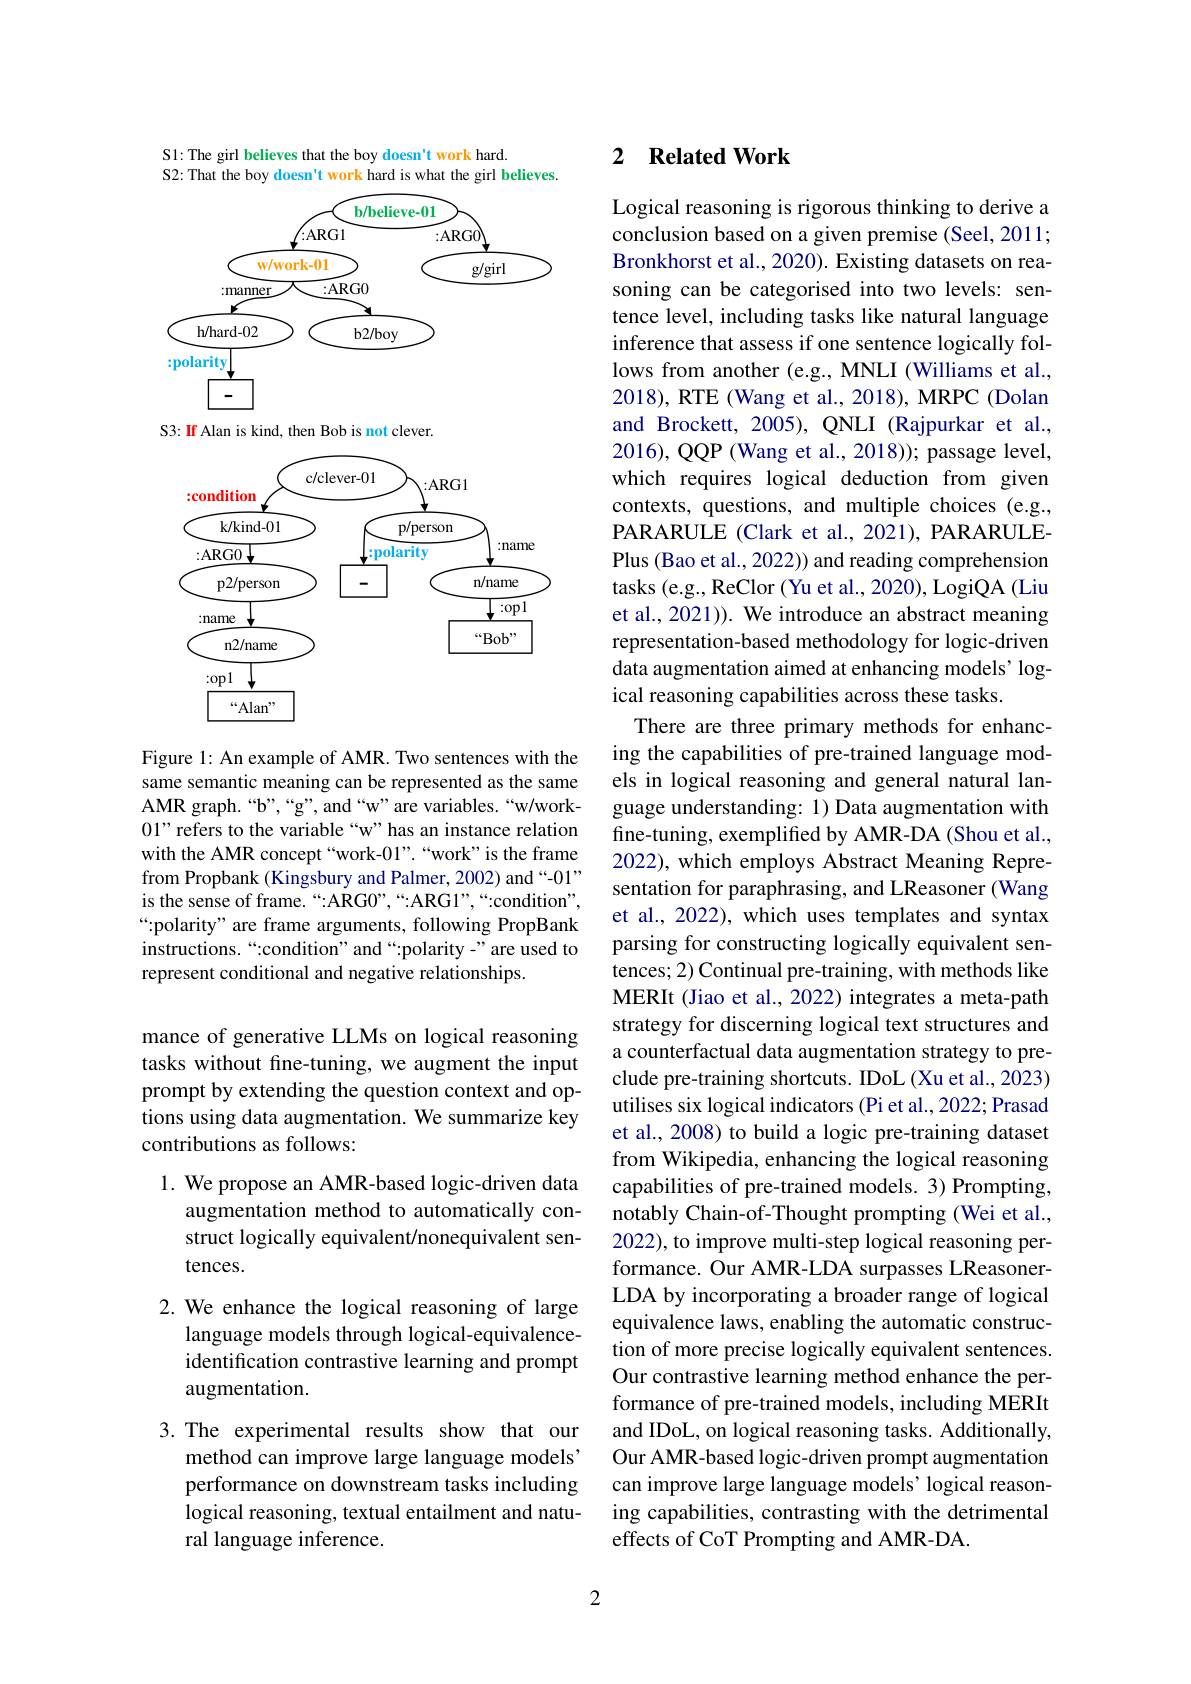
S1: The girl believes that the boy doesn't work hard.
<FigureHere>

Figure 1: An example of AMR. Two sentences with the same semantic meaning can be represented as the same AMR graph.“b”,“g”,and“w”are variables.“w/work- 01" refers to the variable “w”has an instance relation with the AMR concept“work-01”.“work”is the frame from Propbank (Kingsbury and Palmer, 2002) and “-01” is the sense of frame.“:ARGO”,“:ARG1”,“:condition", “:polarity" are frame arguments, following PropBank instructions.“:condition”and“:polarity-”are used to represent conditional and negative relationships.

mance of generative LLMs on logical reasoning tasks without fine-tuning, we augment the input prompt by extending the question context and options using data augmentation. We summarize key contributions as follows:

1. We propose an AMR-based logic-driven data
augmentation method to automatically construct logically equivalent/nonequivalent sentences.

2. We enhance the logical reasoning of large
language models through logical-equivalenceidentification contrastive learning and prompt augmentation.

3.The experimental results show that our
method can improve large language models' performance on downstream tasks including logical reasoning, textual entailment and natural language inference.

## 2 Related Work

Logical reasoning is rigorous thinking to derive a conclusion based on a given premise (Seel, 2011; Bronkhorst et al., 2020). Existing datasets on reasoning can be categorised into two levels: sentence level, including tasks like natural language inference that assess if one sentence logically follows from another (e.g., MNLI (Williams et al., 2018), RTE (Wang et al., 2018), MRPC (Dolan and Brockett, 2005), QNLI (Rajpurkar et al., 2016), QQP (Wang et al., 2018)); passage level, which requires logical deduction from given contexts, questions, and multiple choices (e.g., PARARULE (Clark et al., 2021), PARARULEPlus (Bao et al., 2022)) and reading comprehension tasks (e.g., ReClor (Yu et al., 2020), LogiQA (Liu et al., 2021)). We introduce an abstract meaning representation-based methodology for logic-driven data augmentation aimed at enhancing models' logical reasoning capabilities across these tasks.
There are three primary methods for enhancing the capabilities of pre-trained language models in logical reasoning and general natural language understanding: 1) Data augmentation with fine-tuning, exemplifed by AMR-DA (Shou et al., 2022), which employs Abstract Meaning Representation for paraphrasing, and LReasoner (Wang et al., 2022), which uses templates and syntax parsing for constructing logically equivalent sentences; 2) Continual pre-training, with methods like MERIt (Jiao et al., 2022) integrates a meta-path strategy for discerning logical text structures and a counterfactual data augmentation strategy to preclude pre-training shortcuts. IDoL (Xu et al., 2023) utilises six logical indicators (Pi et al., 2022; Prasad et al., 2008) to build a logic pre-training dataset from Wikipedia, enhancing the logical reasoning capabilities of pre-trained models. 3) Prompting, notably Chain-of-Thought prompting (Wei et al., 2022), to improve multi-step logical reasoning performance. Our AMR-LDA surpasses LReasonerLDA by incorporating a broader range of logical equivalence laws, enabling the automatic construction of more precise logically equivalent sentences. Our contrastive learning method enhance the performance of pre-trained models, including MERIt and IDoL, on logical reasoning tasks. Additionally, Our AMR-based logic-driven prompt augmentation can improve large language models' logical reasoning capabilities, contrasting with the detrimental effects of CoT Prompting and AMR-DA.

2